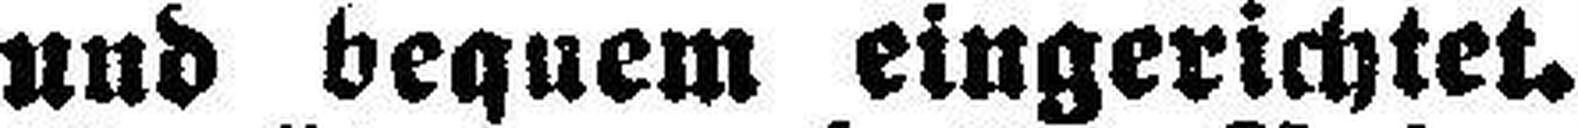
und bequem eingerichtet.